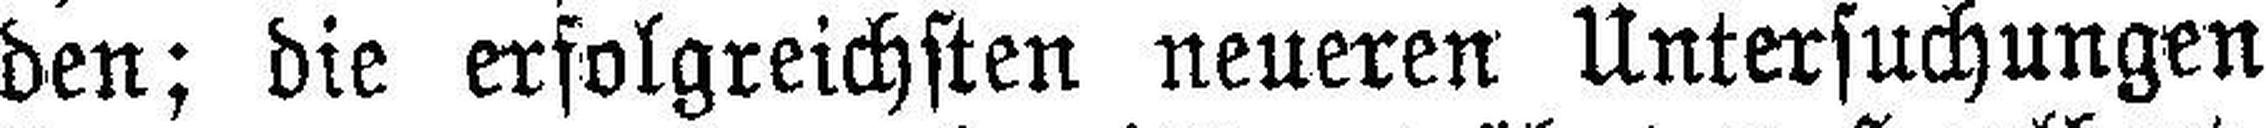
den; die erfolgreichsten neueren Untersuchungen